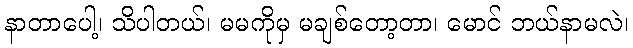
နာတာပေါ့၊ သိပါတယ်၊ မမကိုမှ မချစ်တော့တာ၊ မောင် ဘယ်နာမလဲ၊